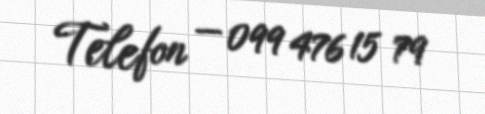
Telefon — 099 476 15 79